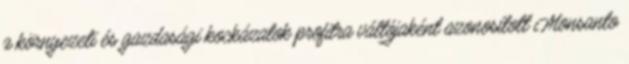
a környezeti és gazdasági kockázatok profitra váltójaként azonosított Monsanto